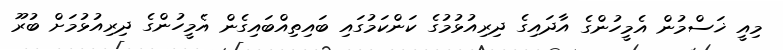
މިއީ ޚަސްމުން އެމީހުންގެ އާދައިގެ ދިރިއުޅުމުގެ ކަންކަމުގައި ބައިތިއްބައިގެން އެމީހުންގެ ދިރިއުޅުމަށް ބުރޫ